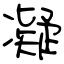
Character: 凝